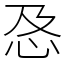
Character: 㤂